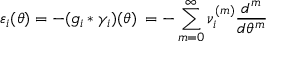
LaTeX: \varepsilon _ { i } ( \theta ) = - ( g _ { i } * \gamma _ { i } ) ( \theta ) \, = - \sum _ { m = 0 } ^ { \infty } \nu _ { i } ^ { ( m ) } \frac { d ^ { m } } { d \theta ^ { m } }